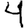
Digit: 4